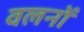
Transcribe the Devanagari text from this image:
वलनों